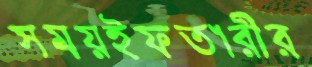
সময়ইফতারীর